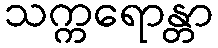
သက္ကရောန္တာ